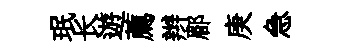
珉长遊薦辫郿庚急